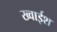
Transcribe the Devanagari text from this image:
ख्वाईश